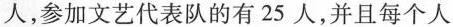
人，参加文艺代表队的有25人，并且每个人